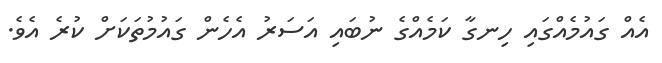
އެއް ގައުމެއްގައި ހިނގާ ކަމެއްގެ ނުބައި އަސަރު އެހެން ގައުމުތަކަށް ކުރެ އެވެ.